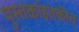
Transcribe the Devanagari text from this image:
पुस्तकांइतकीच